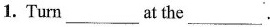
1. Turn ___ at the ___.